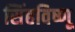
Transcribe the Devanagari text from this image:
सिंहविष्णू